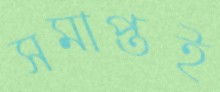
সমাপ্তই